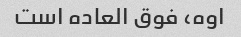
اوه، فوق العاده است